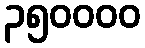
၃၅၀၀၀၀